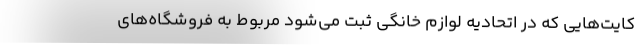
کایت‌هایی که در اتحادیه لوازم خانگی ثبت می‌شود مربوط به فروشگاه‌های